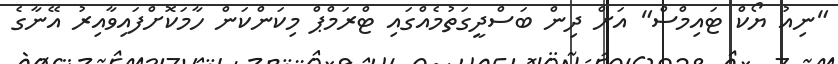
"ނިއު ޔޯކް ޓައިމްސް" އަށް ދިން ބަސްދީގަތުމެއްގައި ޓްރަމްޕް މިކަންކަން ހާމަކޮށްފައިވާއިރު އޭނާގެ